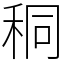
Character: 秱